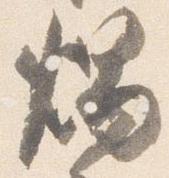
燭